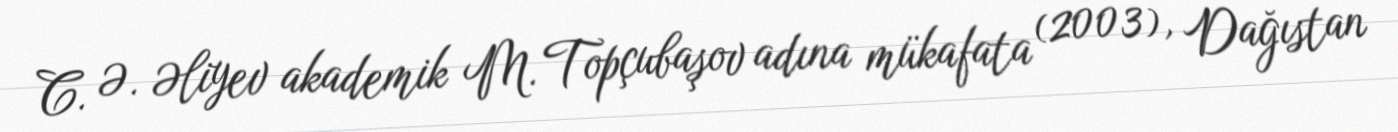
C. Ə. Əliyev akademik M. Topçubaşov adına mükafata (2003), Dağıstan